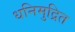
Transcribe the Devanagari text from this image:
धनिमुद्रित